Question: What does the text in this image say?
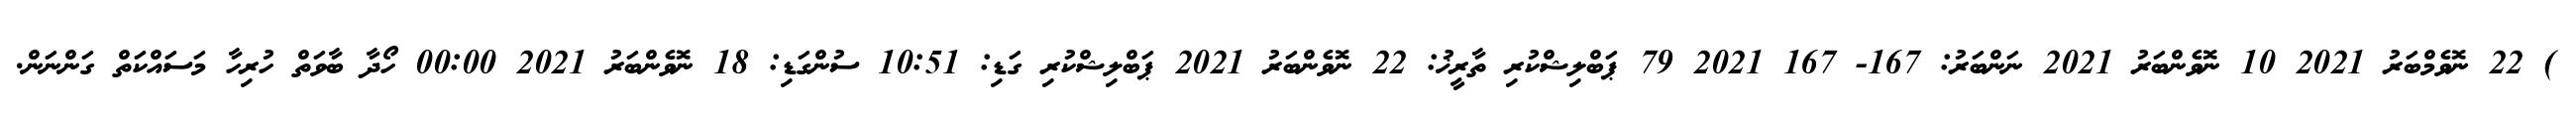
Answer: ) 22 ނޮވެމްބަރު 2021 10 ނޮވެންބަރު 2021 ނަންބަރު: 167- 167 2021 79 ޕަބްލިޝްކުރި ތާރީޚު: 22 ނޮވެންބަރު 2021 ޕަބްލިޝްކުރި ގަޑި: 10:51 ސުންގަޑި: 18 ނޮވެންބަރު 2021 00:00 ހޯދާ ބާވަތް ހުރިހާ މަސައްކަތް ގަންނަން.